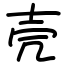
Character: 壳